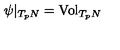
\psi | _ { T _ { p } N } = \mathrm { V o l } _ { T _ { p } N }